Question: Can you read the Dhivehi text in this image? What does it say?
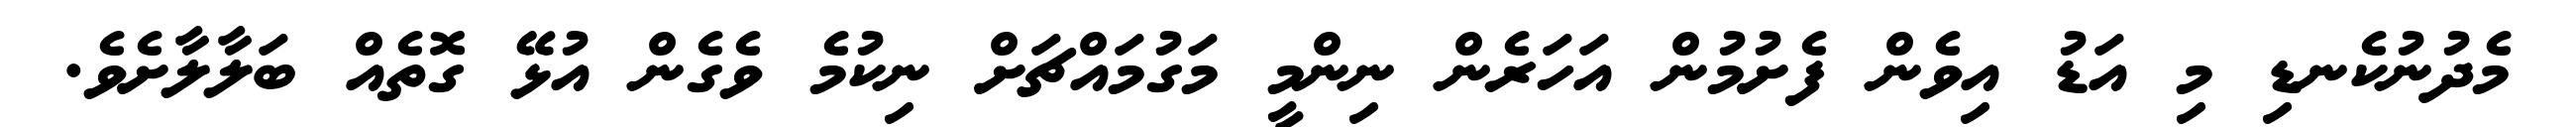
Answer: މެދުނުކެނޑި މި އަޑު އިވެން ފެށުމުން އަހަރެން ނިންމީ މަގުމައްޗަށް ނިކުމެ ވެގެން އުޅޭ ގޮތެއް ބަލާލާށެވެ.